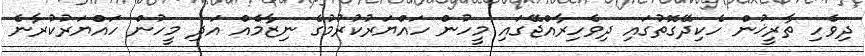
ދިވެހި ތާރީޚުން ހެކިދޭގޮތުގައި ދިވެހިރާއްޖޭގައި މީހުން ހައްޔަރުކުރުމުގެ ނިޒާމެއް އަދި މީހުން ހައްޔަރުކުރާނެ